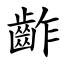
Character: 齚